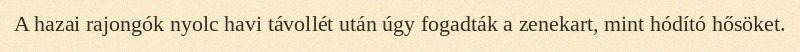
A hazai rajongók nyolc havi távollét után úgy fogadták a zenekart, mint hódító hősöket.